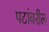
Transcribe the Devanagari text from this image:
पटांवरील